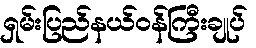
ရှမ်းပြည်နယ်ဝန်ကြီးချုပ်